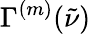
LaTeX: \Gamma^{(m)}(\tilde{\nu})